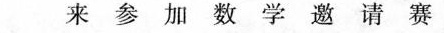
来参加数学邀请赛